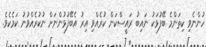
ހުންނެވި ކިތަންމެ ބޭފުޅަކު ނައިބު ރައީސްކަން ކުރެއްވި އިރު އެބޭފުޅުންނަށް ނުކުރެއްވުނު ކަމެކެވެ.